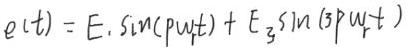
\[e(t) = E_1\sin(p\omega_1t) + E_3\sin(3p\omega_1t)\]